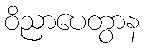
ဝိညာပေတွာန